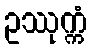
ဥဿုက္ကံ